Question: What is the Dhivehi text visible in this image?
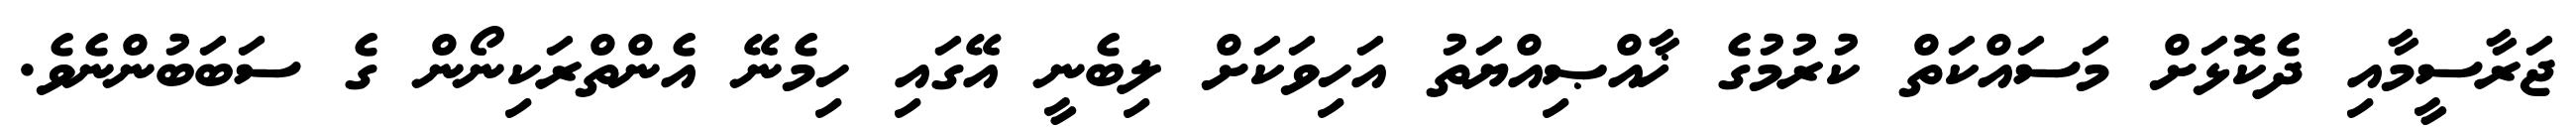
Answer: ޖަރާސީމާއި ދެކޮޅަށް މަސައްކަތް ކުރުމުގެ ޚާއްޞިއްޔަތު އަހިވަކަށް ލިބެނީ އޭގައި ހިމެނޭ އެންތްރަކިނޯން ގެ ސަބަބުންނެވެ.